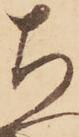
ち